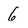
Character: 6